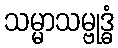
သမ္မာသမ္ဗုဒ္ဓံ